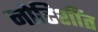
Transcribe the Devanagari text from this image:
नोटिशींत